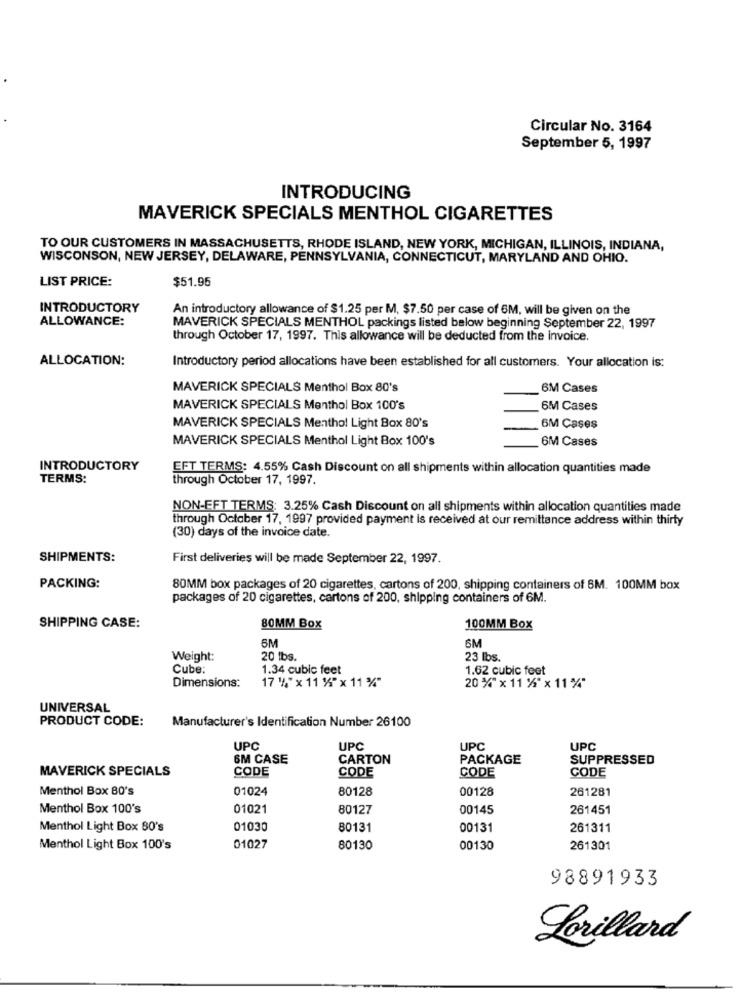
Circular No. 3164
September 5, 1997
INTRODUCING
MAVERICK SPECIALS MENTHOL CIGARETTES
TO OUR CUSTOMERS IN MASSACHUSETTS, RHODE ISLAND, NEW YORK, MICHIGAN, ILLINOIS, INDIANA,
WISCONSON, NEW JERSEY, DELAWARE, PENNSYLVANIA, CONNECTICUT, MARYLAND AND OHIO.
LIST PRICE:
$51.95
INTRODUCTORY
An introductory allowance of $1.25 per M, $7.50 per case of 6M, will be given on the
ALLOWANCE:
MAVERICK SPECIALS MENTHOL packings listed below beginning September 22, 1997
through October 17, 1997. This allowance will be deducted from the invoice.
ALLOCATION:
Introductory period allocations have been established for all customers. Your allocation is:
MAVERICK SPECIALS Menthol Box 80's
6M Cases
MAVERICK SPECIALS Menthol Box 100's
6M Cases
MAVERICK SPECIALS Menthol Light Box 80's
6M Cases
MAVERICK SPECIALS Menthol Light Box 100's
6M Cases
INTRODUCTORY
EFT TERMS: 4.55% Cash Discount on all shipments within allocation quantities made
TERMS:
through October 17, 1997.
NON-EFT TERMS: 3.25% Cash Discount on all shipments within allocation quantities made
through October 17, 1997 provided payment is received at our remittance address within thirty
(30) days of the invoice date.
SHIPMENTS:
First deliveries will be made September 22, 1997.
PACKING:
80MM box packages of 20 cigarettes, cartons of 200, shipping containers of SM. 100MM box
packages of 20 cigarettes, cartons of 200, shipping containers of 6M.
SHIPPING CASE:
80MM Box
100MM Box
6M
6M
Weight:
20 lbs.
23 lbs.
Cube:
1.34 cubic feet
1.62 cubic feet
Dimensions:
17 "4"x 11 %"x 11 %"
20 %* x 11 %*x11%*
UNIVERSAL
PRODUCT CODE:
Manufacturer's Identification Number 26100
UPC
UPC
UPC
UPC
6M CASE
CARTON
PACKAGE
SUPPRESSED
MAVERICK SPECIALS
CODE
CODE
CODE
CODE
Menthol Box 80's
01024
80128
00128
261281
Menthol Box 100's
01021
80127
00145
261451
Menthol Light Box 80's
01030
80131
00131
261311
Menthol Light Box 100's
01027
80130
00130
261301
98891933
Lorillard